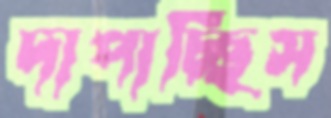
দাপাচ্ছিস